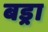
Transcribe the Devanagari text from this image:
बड्रा